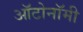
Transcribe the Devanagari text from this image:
ऑटोनॉमी